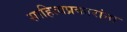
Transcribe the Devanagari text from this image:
साहित्यप्रकारांना